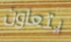
يتعاون